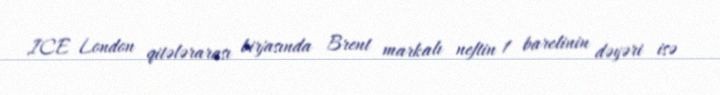
ICE London qitələrarası birjasında Brent markalı neftin 1 barelinin dəyəri isə